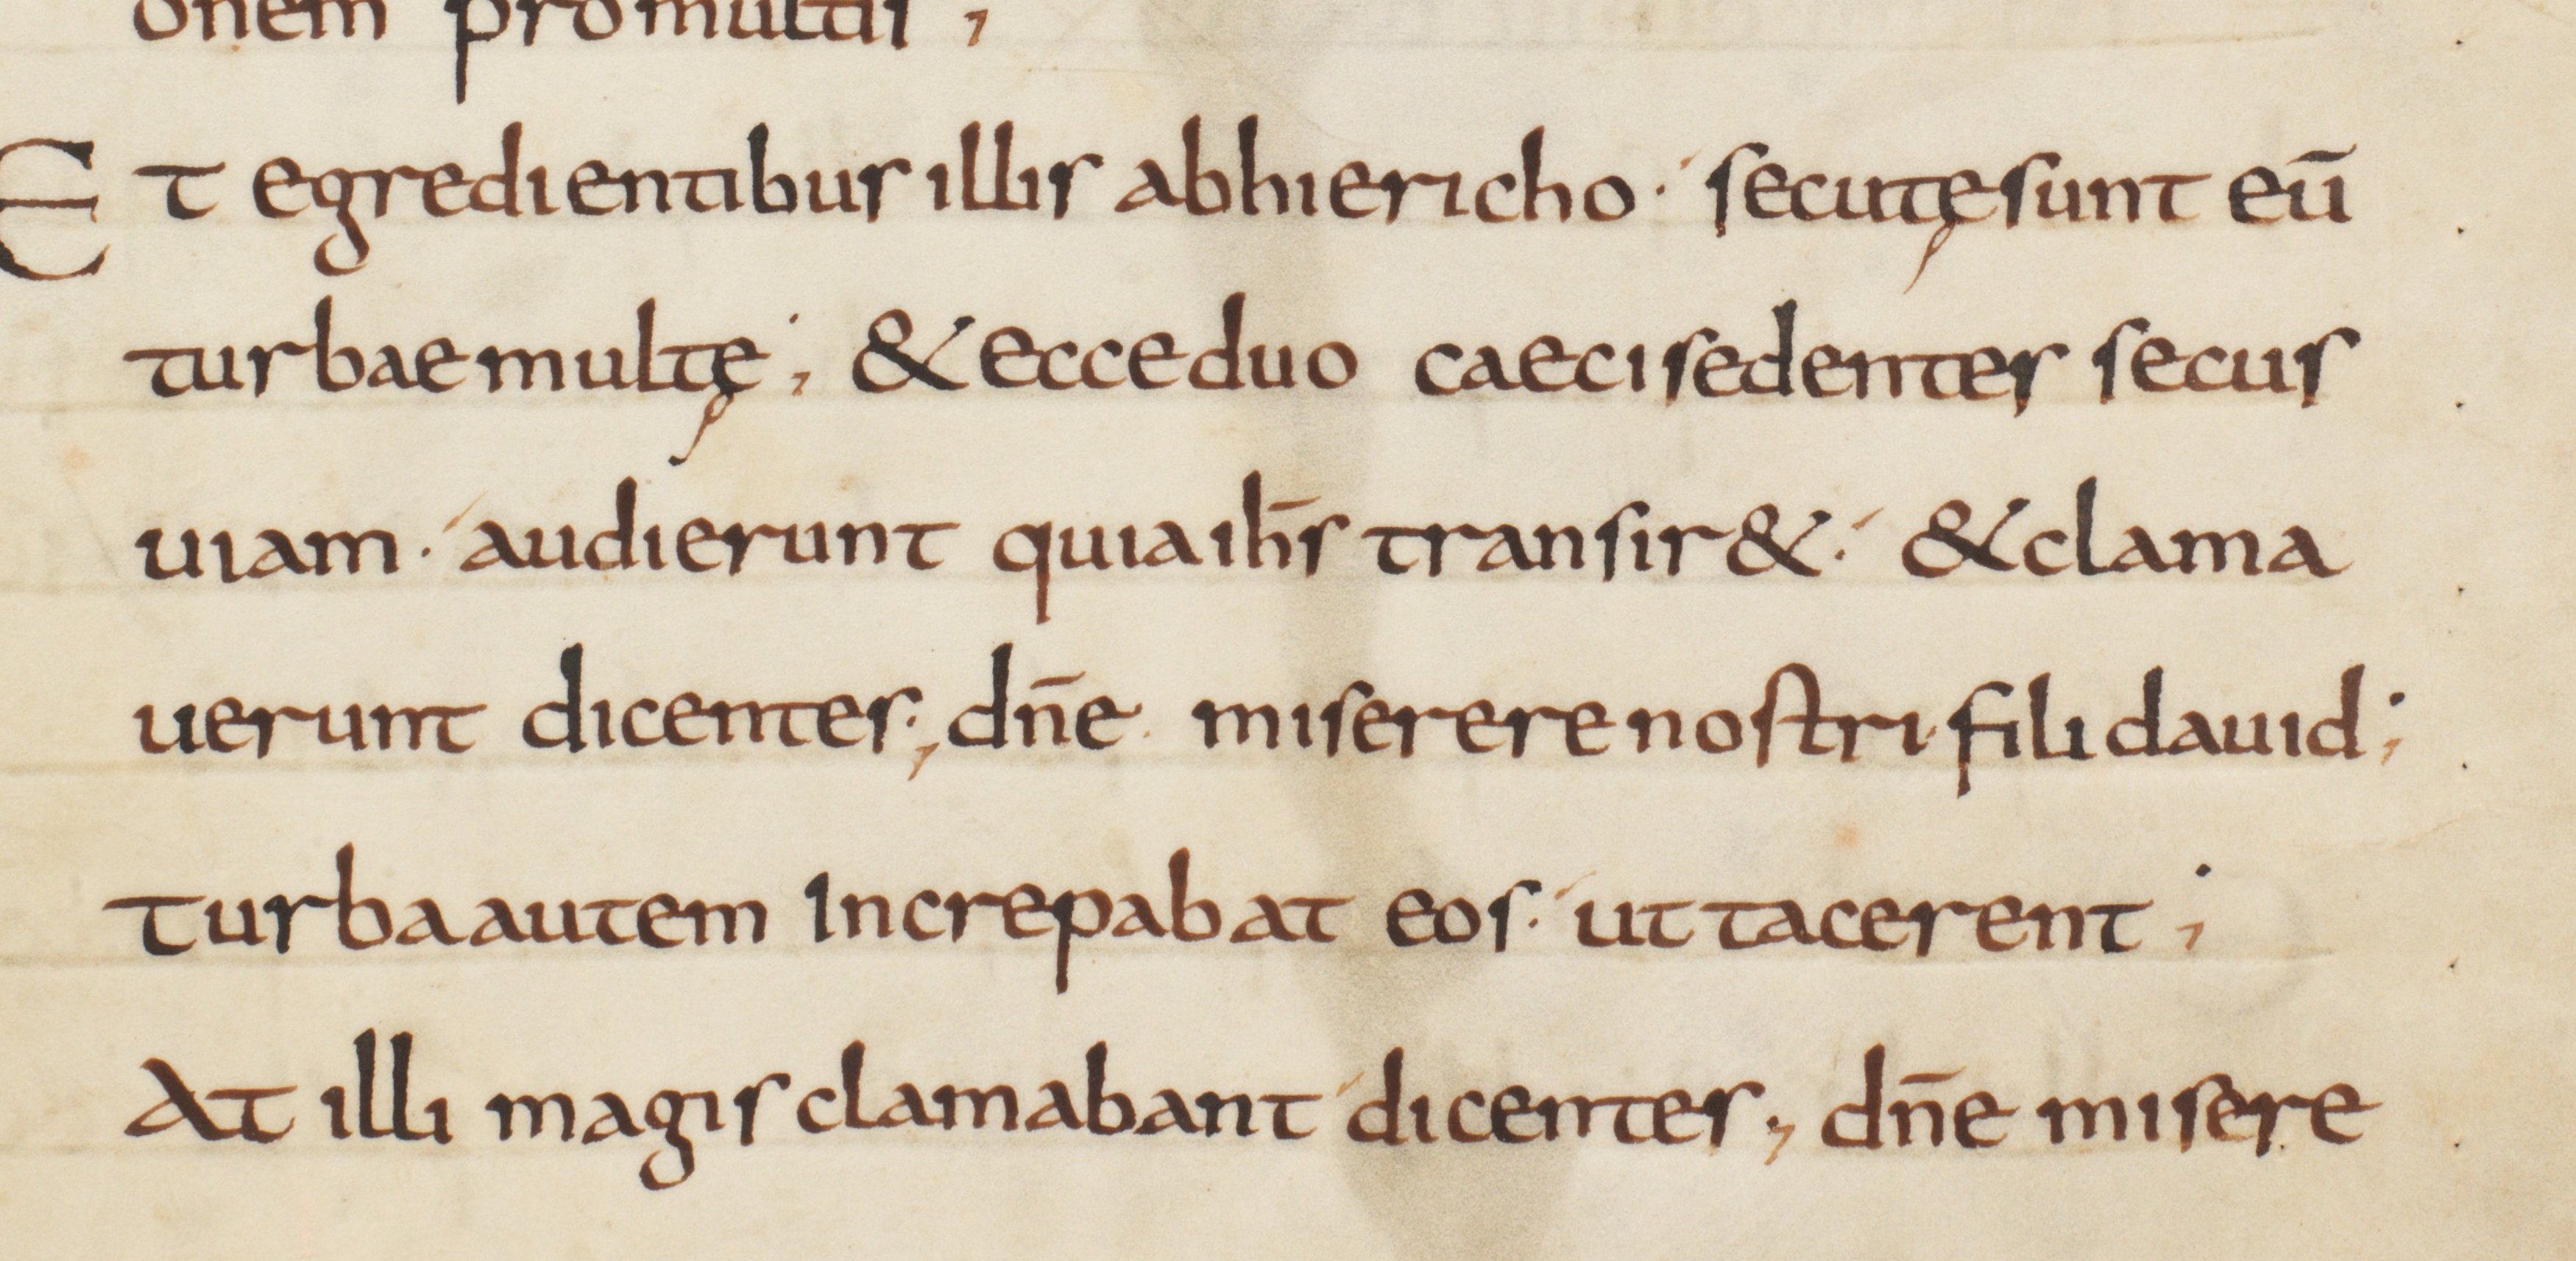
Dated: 825–849